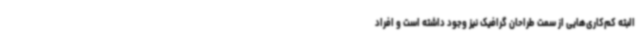
البته کم‌کاری‌هایی از سمت طراحان گرافیک نیز وجود داشته است و افراد